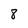
Character: 8